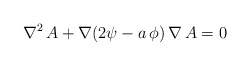
\begin{align*}\nabla^{2}\, A + \nabla(2\psi-a\,\phi)\, \nabla\,A=0 \end{align*}